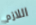
اللازم